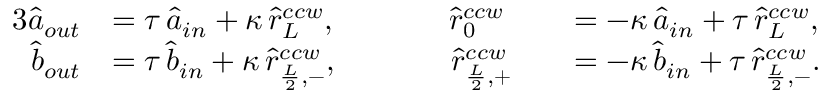
\begin{array} { r l r l } { { 3 } \hat { a } _ { o u t } } & { = \tau \, \hat { a } _ { i n } + \kappa \, \hat { r } _ { L } ^ { c c w } , \; \; \; \; \; \; \; \; \; \; \; \; \; \hat { r } _ { 0 } ^ { c c w } } & & { = - \kappa \, \hat { a } _ { i n } + \tau \, \hat { r } _ { L } ^ { c c w } , } \\ { \hat { b } _ { o u t } } & { = \tau \, \hat { b } _ { i n } + \kappa \, \hat { r } _ { \frac { L } { 2 } , - } ^ { c c w } , \; \; \; \; \; \; \; \; \; \; \; \; \; \hat { r } _ { \frac { L } { 2 } , + } ^ { c c w } } & & { = - \kappa \, \hat { b } _ { i n } + \tau \, \hat { r } _ { \frac { L } { 2 } , - } ^ { c c w } . } \end{array}